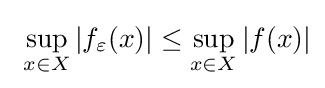
\ \sup _{x\in X}|f_{\varepsilon }(x)|\leq \sup _{x\in X}|f(x)|